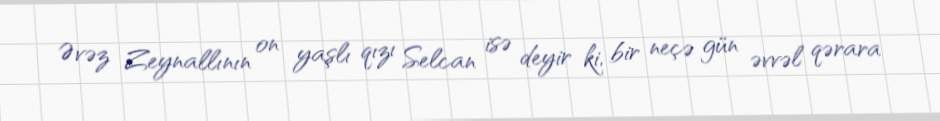
Əvəz Zeynallının on yaşlı qızı Selcan isə deyir ki, bir neçə gün əvvəl qərara